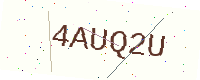
Text: 4AUQ2U